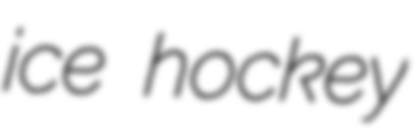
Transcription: ice hockey